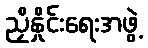
ညှိနှိုင်းရေးအဖွဲ့